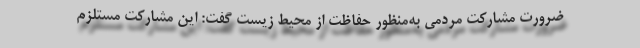
ضرورت مشارکت مردمی به‌منظور حفاظت از محیط زیست گفت: این مشارکت مستلزم